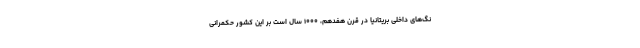
نگ‌های داخلی بریتانیا در قرن هفدهم، ۱۰۰۰ سال است بر این کشور حکمرانی